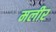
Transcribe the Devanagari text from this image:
मलीर